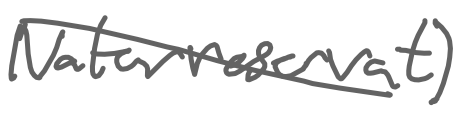
Text: naturreservat)
Cross-out: diagonal
Writing tool: digital_gray